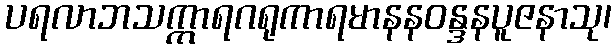
ပရလာဘသက္ကာရဂရုကာရမာနနဝန္ဒနပူဇနာသု၊